Lunatic asylums Madras 1877-1891 - 1877-1891
Year: 1877
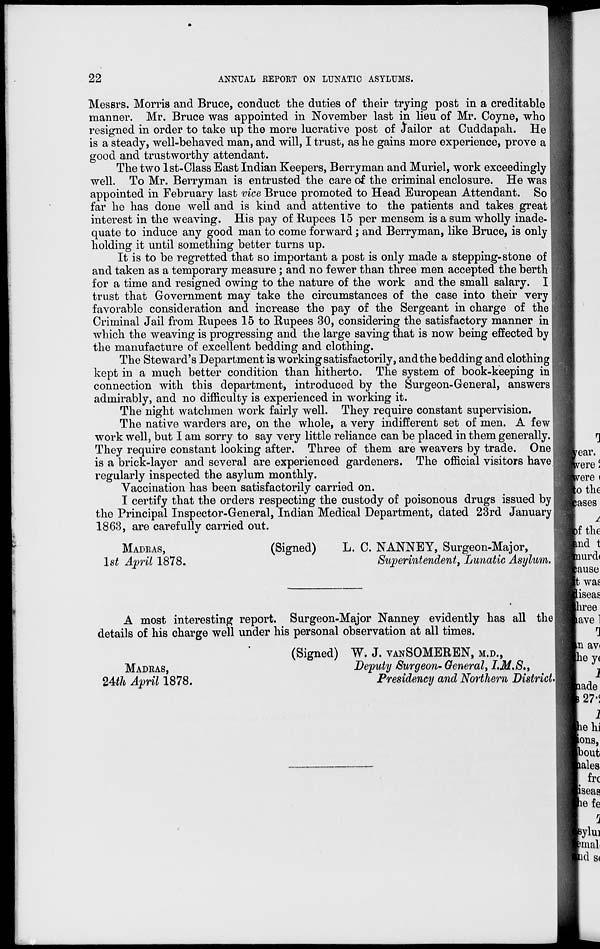
22
ANNUAL REPORT ON LUNATIC ASYLUMS.
Messrs. Morris and Bruce, conduct the duties of their trying post in a creditable
manner. Mr. Bruce was appointed in November last in lieu of Mr. Coyne, who
resigned in order to take up the more lucrative post of Jailor at Cuddapah. He
is a steady, well-behaved man, and will, I trust, as he gains more experience, prove a
good and trustworthy attendant.
The two 1st-Class East Indian Keepers, Berryman and Muriel, work exceedingly
well. To Mr. Berryman is entrusted the care of the criminal enclosure. He was
appointed in February last vice Bruce promoted to Head European Attendant. So
far he has done well and is kind and attentive to the patients and takes great
interest in the weaving. His pay of Rupees 15 per mensem is a sum wholly inade-
quate to induce any good man to come forward; and Berryman, like Bruce, is only
holding it until something better turns up.
It is to be regretted that so important a post is only made a stepping-stone of
and taken as a temporary measure; and no fewer than three men accepted the berth
for a time and resigned owing to the nature of the work and the small salary. I
trust that Government may take the circumstances of the case into their very
favorable consideration and increase the pay of the Sergeant in charge of the
Criminal Jail from Rupees 15 to Rupees 30, considering the satisfactory manner in
which the weaving is progressing and the large saving that is now being effected by
the manufacture of excellent bedding and clothing.
The Steward's Department is working satisfactorily, and the bedding and clothing
kept in a much better condition than hitherto. The system of book-keeping in
connection with this department, introduced by the Surgeon-General, answers
admirably, and no difficulty is experienced in working it.
The night watchmen work fairly well. They require constant supervision.
The native warders are, on the whole, a very indifferent set of men. A few
work well, but I am sorry to say very little reliance can be placed in them generally.
They require constant looking after. Three of them are weavers by trade. One
is a brick-layer and several are experienced gardeners. The official visitors have
regularly inspected the asylum monthly.
Vaccination has been satisfactorily carried on.
I certify that the orders respecting the custody of poisonous drugs issued by
the Principal Inspector-General, Indian Medical Department, dated 23rd January
1863, are carefully carried out.
MADRAS,
1st April 1878.
(Signed)
L. C. NANNEY, Surgeon-Major,
Superintendent, Lunatic Asylum.
A most interesting report. Surgeon-Major Nanney evidently has all the
details of his charge well under his personal observation at all times.
MADRAS,
24th April 1878.
(Signed) W. J. VANSOMEREN, M.D.,
Deputy Surgeon- General, I.M.S.,
Presidency and Northern District.